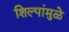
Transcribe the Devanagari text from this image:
शिल्पांमुळे